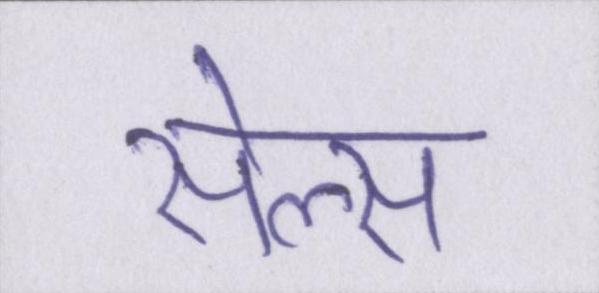
सेल्स